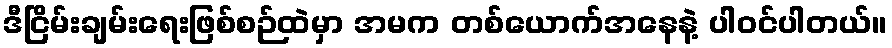
ဒီငြိမ်းချမ်းရေးဖြစ်စဉ်ထဲမှာ အမက တစ်ယောက်အနေနဲ့ ပါဝင်ပါတယ်။